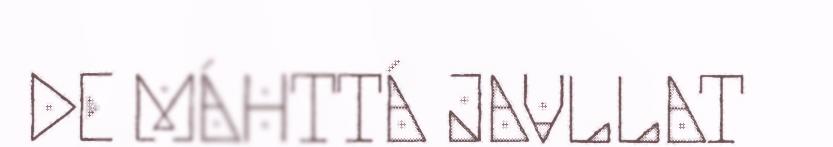
DE MÁHTTÁ JAVLLAT